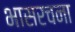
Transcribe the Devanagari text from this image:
भासरचना